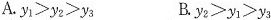
A. $$y_{1}>y_{2}>y_{3}$$ B.$$y_{2}>y_{1}>y_{3}$$